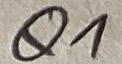
Text: Q1